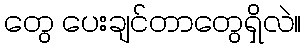
တွေ ပေးချင်တာတွေရှိလဲ။